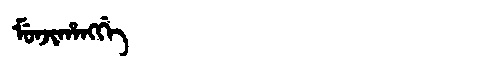
Manchu: ᠮᡠᠨᠵᡳᡥᠠᠩᡤᡝ
Romanization: MUNJIHANGGE